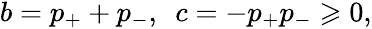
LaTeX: \begin{array}{r}{b=p_{+}+p_{-},\ \ c=-p_{+}p_{-}\geqslant 0,}\end{array}